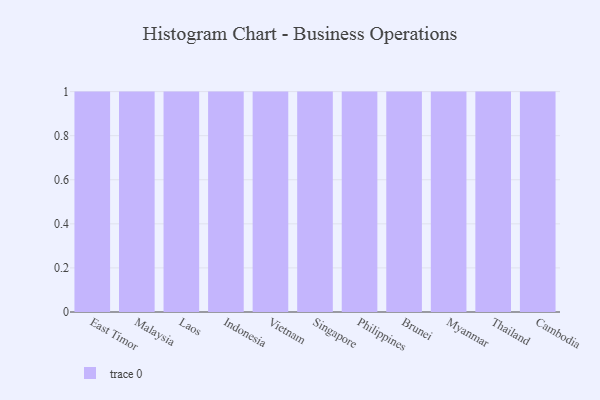
{"axis": {"x": "Country", "y": "Churn Rate (%)"}, "legend": [""], "data": [{"x": "East Timor", "y": 60, "type": ""}, {"x": "Malaysia", "y": 33, "type": ""}, {"x": "Laos", "y": 28, "type": ""}, {"x": "Indonesia", "y": 30, "type": ""}, {"x": "Vietnam", "y": 25, "type": ""}, {"x": "Singapore", "y": 86, "type": ""}, {"x": "Philippines", "y": 95, "type": ""}, {"x": "Brunei", "y": 33, "type": ""}, {"x": "Myanmar", "y": 85, "type": ""}, {"x": "Thailand", "y": 52, "type": ""}, {"x": "Cambodia", "y": 55, "type": ""}]}